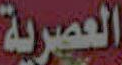
العصرية